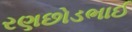
રણછોડભાઈ